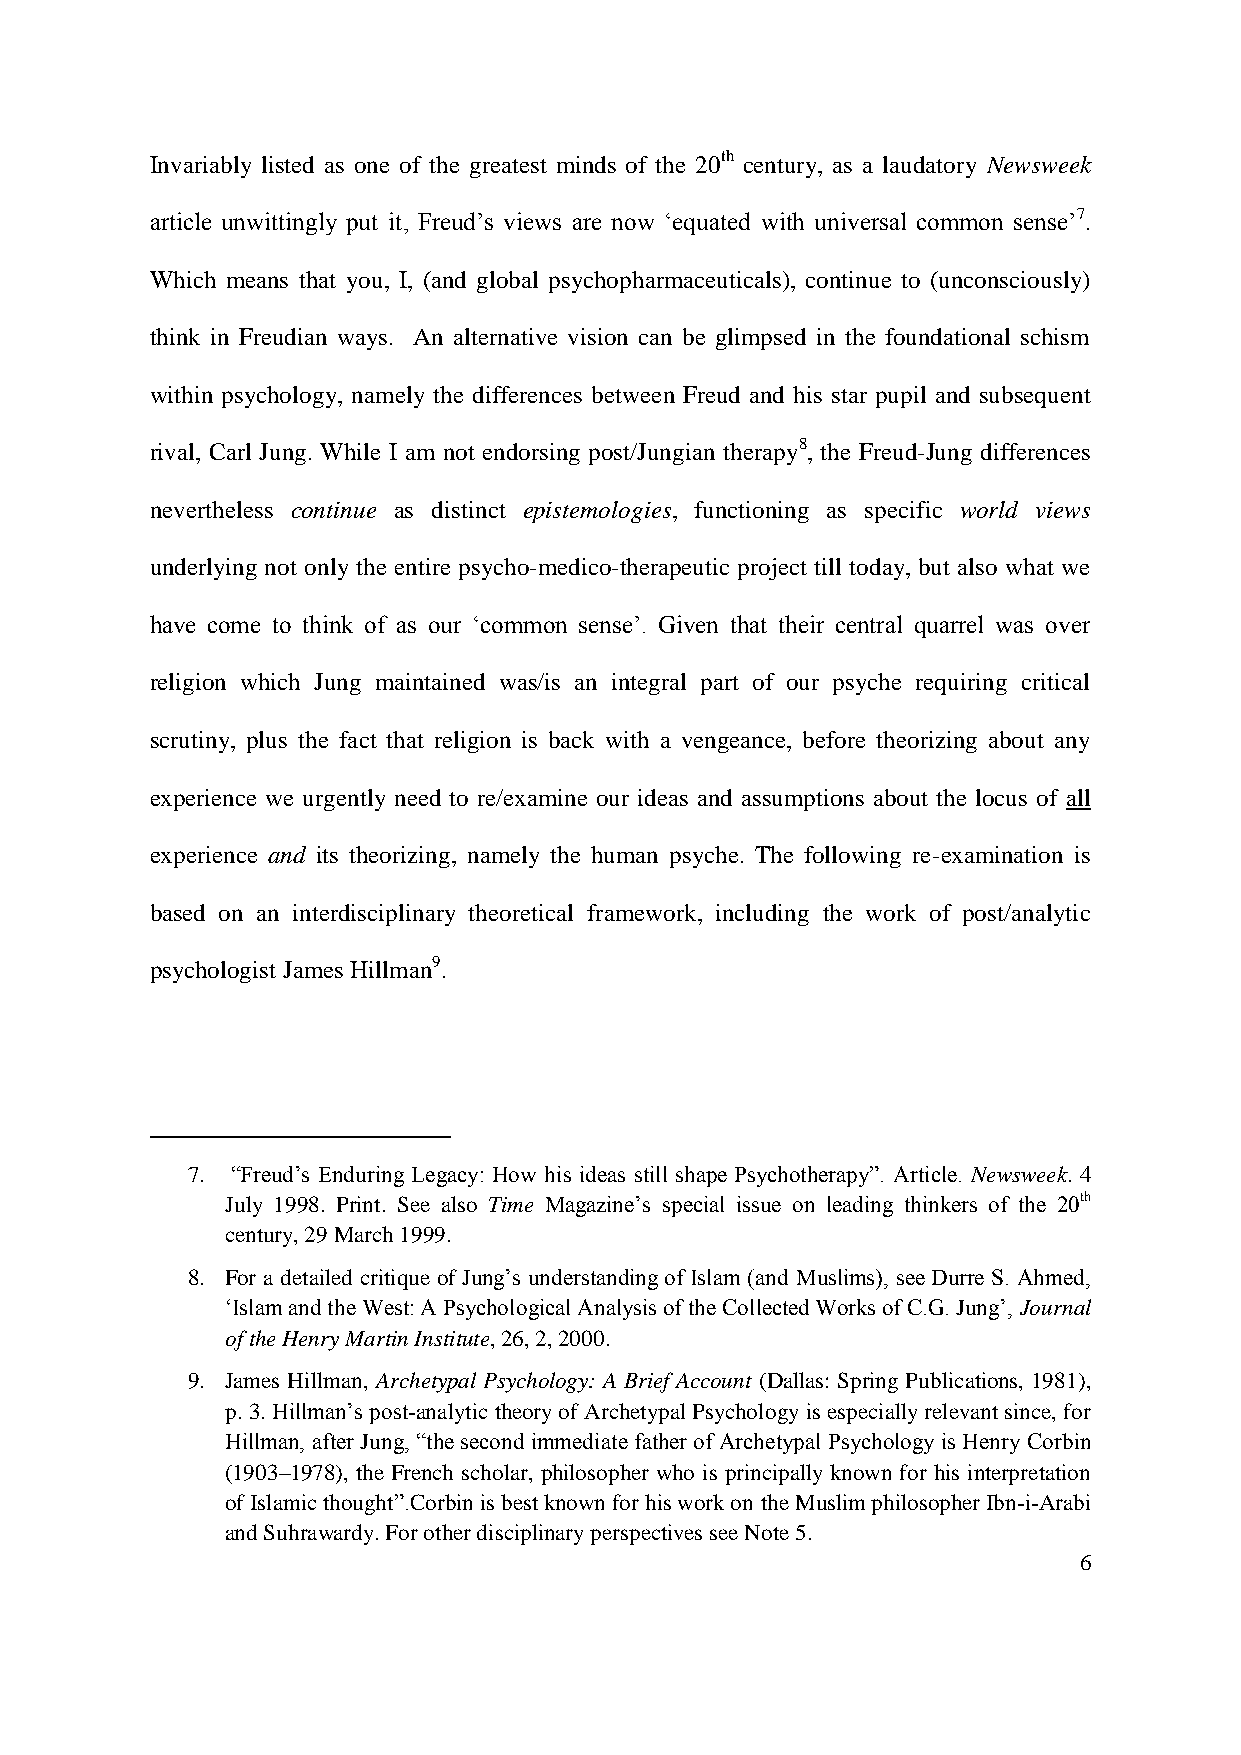
Invariably listed as one of the greatest minds of the 20th century, as a laudatory Newsweek
 article unwittingly put it, Freud‟s views are now „equated with universal common sense‟7.
 Which means that you, I, (and global psychopharmaceuticals), continue to (unconsciously)
 think in Freudian ways. An alternative vision can be glimpsed in the foundational schism
 within psychology, namely the differences between Freud and his star pupil and subsequent
 rival, Carl Jung. While I am not endorsing post/Jungian therapy8, the Freud-Jung differences
 nevertheless continue as distinct epistemologies, functioning as specific world views
 underlying not only the entire psycho-medico-therapeutic project till today, but also what we
 have come to think of as our „common sense‟. Given that their central quarrel was over
 religion which Jung maintained was/is an integral part of our psyche requiring critical
 scrutiny, plus the fact that religion is back with a vengeance, before theorizing about any
 experience we urgently need to re/examine our ideas and assumptions about the locus of all
 experience and its theorizing, namely the human psyche. The following re-examination is
 based on an interdisciplinary theoretical framework, including the work of post/analytic
 psychologist James Hillman9.
 7. “Freud‟s Enduring Legacy: How his ideas still shape Psychotherapy”. Article. Newsweek. 4
 July 1998. Print. See also Time Magazine‟s special issue on leading thinkers of the 20th
 century, 29 March 1999.
 8. For a detailed critique of Jung‟s understanding of Islam (and Muslims), see Durre S. Ahmed,
 „Islam and the West: A Psychological Analysis of the Collected Works of C.G. Jung‟, Journal
 of the Henry Martin Institute, 26, 2, 2000.
 9. James Hillman, Archetypal Psychology: A Brief Account (Dallas: Spring Publications, 1981),
 p. 3. Hillman‟s post-analytic theory of Archetypal Psychology is especially relevant since, for
 Hillman, after Jung, “the second immediate father of Archetypal Psychology is Henry Corbin
 (1903–1978), the French scholar, philosopher who is principally known for his interpretation
 of Islamic thought”.Corbin is best known for his work on the Muslim philosopher Ibn-i-Arabi
 and Suhrawardy. For other disciplinary perspectives see Note 5.
 6